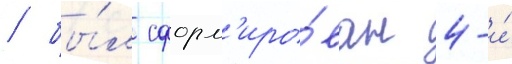
/ бы́л сформ'иро́ван 4-и́